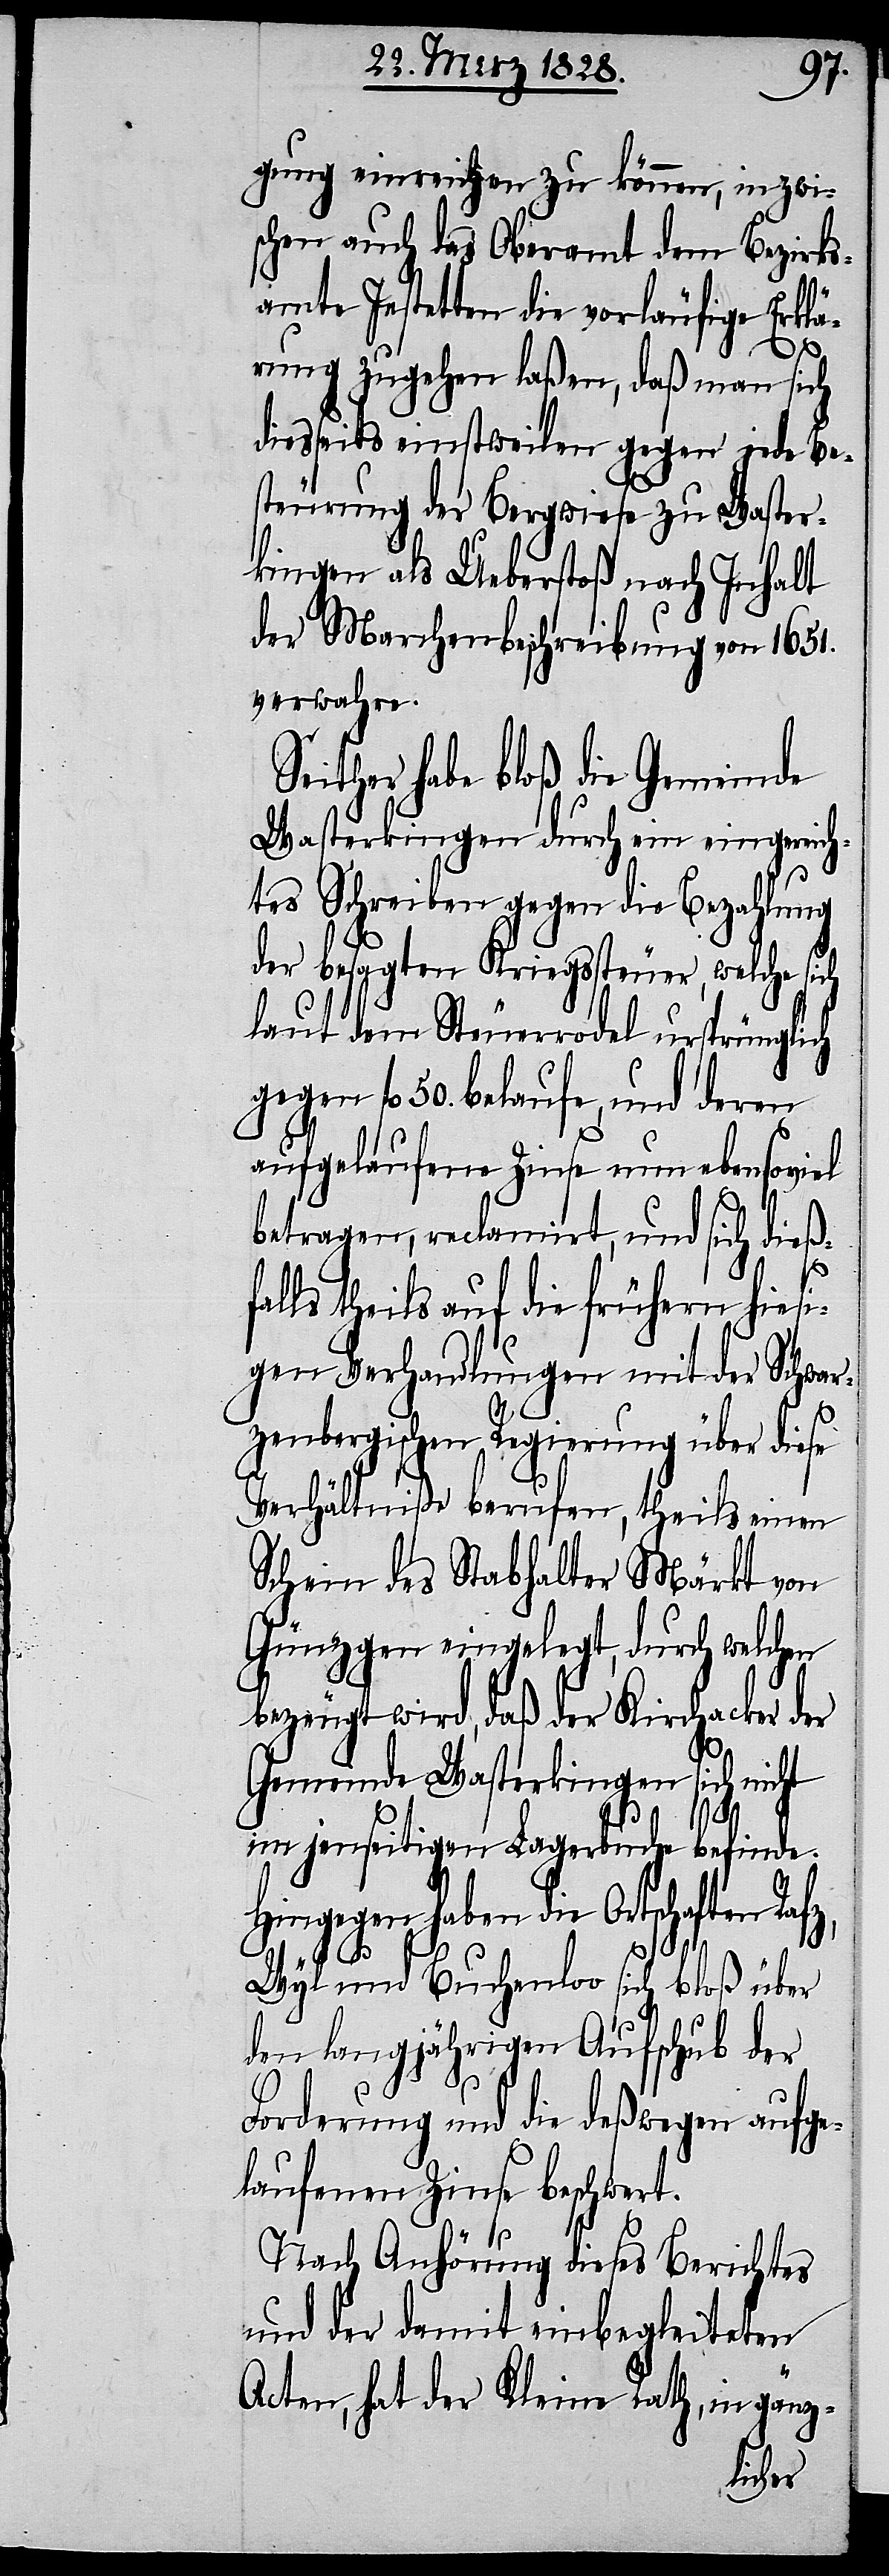
gung einreichen zu können, inzwi¬
schen auch das Oberamt dem Bezirks¬
amte Jestetten die vorläufige Erklä¬
rung zugehen laßen, daß man sich
diesseits einstweilen gegen jede Be¬
steurung der Bergwiese zu Waster¬
kingen als Ueberstoß nach Inhalt
der Marchenbeschreibung von 1651.
verwahre.
Seither habe bloß die Gemeinde
Wasterkingen durch ein eingereich¬
tes Schreiben gegen die Bezahlung
der besagten Kriegssteuer, welche sich
laut dem Steuerrodel ursprünglich
gegen fl. 50. belaufe, und deren
aufgelaufene Zinse nun ebensoviel
betragen, reclamirt, und sich dieß¬
falls theils auf die frühern hiesi¬
gen Verhandlungen mit der Schwar¬
zenbergischen Regierung über diese
Verhältniße berufen, theils einen
Schein des Stabhalter Märkt von
Günzgen eingelegt, durch welchen
bezeugt wird, daß der Kirchacker der
Gemeinde Wasterkingen sich nicht
im jenseitigen Lagerbuche befinde.
Hingegen haben die Ortschaften Raf¬
z,
Wyl und Buchenloo sich bloß über
den langjährigen Aufschub der
Forderung und die deßwegen aufge¬
laufenen Zinse beschwert.
Nach Anhörung dieses Berichtes
und der damit einbegleiteten
Acten, hat der Kleine Rath, in gänz-